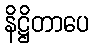
နိဋ္ဌိတာပေ